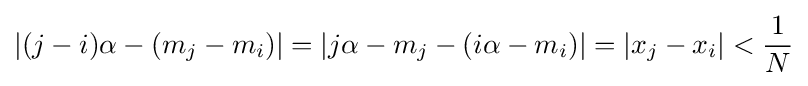
|(j-i)\alpha -(m_{j}-m_{i})|=|j\alpha -m_{j}-(i\alpha -m_{i})|=|x_{j}-x_{i}|<{\frac {1}{N}}